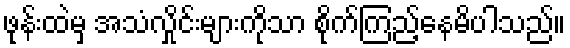
ဖုန်းထဲမှ အသံလှိုင်းများကိုသာ စိုက်ကြည့်နေမိပါသည်။